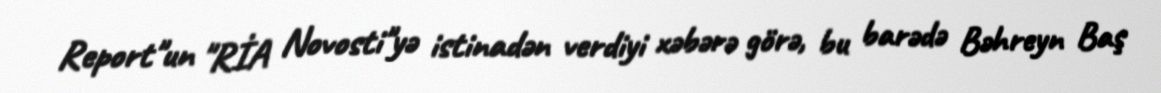
Report"un "RİA Novosti"yə istinadən verdiyi xəbərə görə, bu barədə Bəhreyn Baş